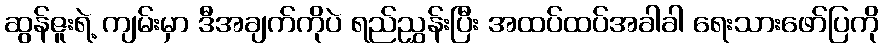
ဆွန်ဇူးရဲ့ ကျမ်းမှာ ဒီအချက်ကိုပဲ ရည်ညွှန်းပြီး အထပ်ထပ်အခါခါ ရေးသားဖော်ပြကို